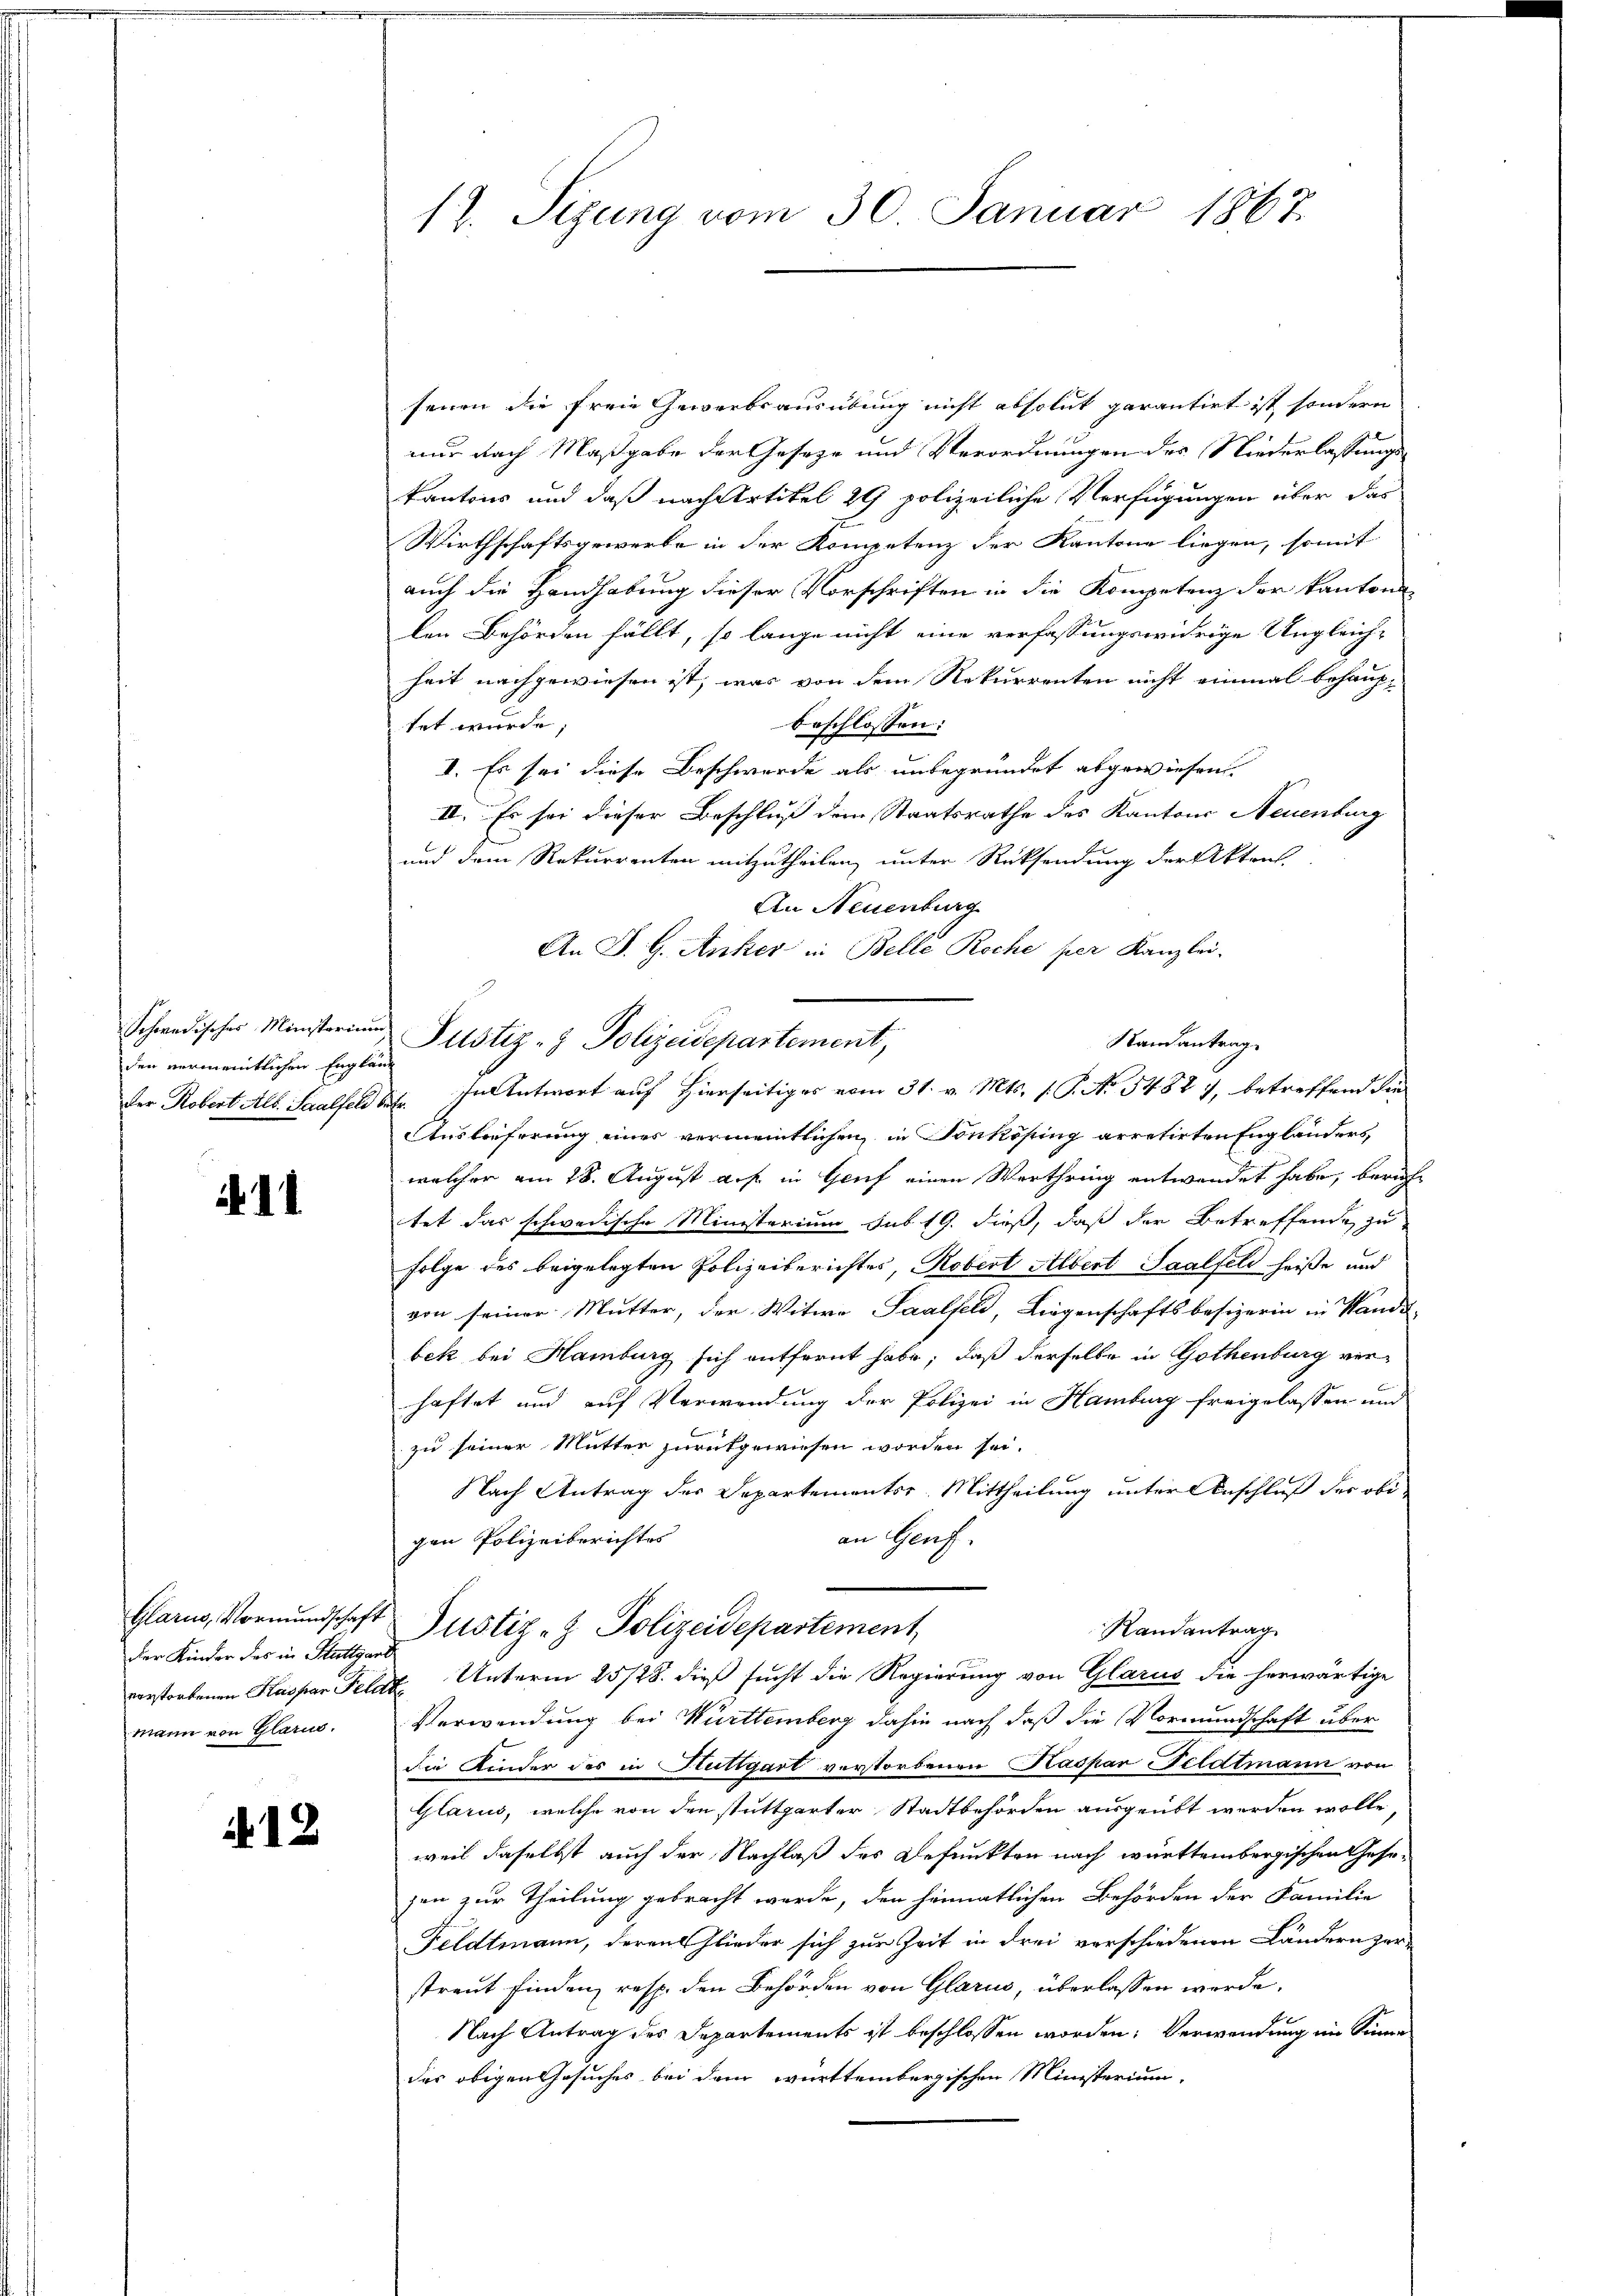
den vermeintlichen Engleich

. 11

der Kinder des in Stuttgart
mann von Glarus.

12

12. Sizung vom 30. Januar 1867.

fenen die freie Gewerbsausübung nicht absolut garantirt ist sondern
nur nach Maßgabe der Geseze und Verordnungen des Niederlassungskantons und daß nach Artikel 29 polizeiliche Verfügungen über das
Wirthschaftsgewerbe in der Kompetenz der Kantone liegen, somit
auch die Handhabung dieser Vorschriften in die Kompetenz der kantons
len Behörden fällt, so lange nicht eine verfassungswidrige Ungleich-
heit nachgewiesen ist, was von dem Rekurrenten nicht einmal behaup-
beschlossen:
tet wurde,
I. Es sei diese Beschwerde als unbegründet abgewiesen |
II. Es sei dieser Beschluß dem Staatsrathe des Kantons Neuenburg
und dem Rekurrenten mitzutheilen, unter Rücksendung der Aktens,
An Neuenburg
An J. G. Anker in Belle Roche per Kanzlei.
Auslieferung eines vermeintlichen in Tonkösing arretirten Engländers
welcher am 18. August a. p. in Genf einen Werthring entwendet habe, beruhe
tet das schwedische Ministerium sub 19. dieß, daß der Betreffende zu
Folge des beigelegten Polizeiberichtes, Robert Albert Saalfeld heiße und
von seiner Mutter, der Witwe Saalfeld, Liegenschaftsbesizerin in Handes-
bek bei Hamburg sich entfernt habe; daß derselbe in Gothenburg verhaftet und auf Verwendung der Polizei in Hamburg freigelassen und
zu seiner Mutter zurückgewiesen worden sei.
Nach Antrag des Departementss. Mittheilung unter Anschluß des obian Genf.
gen Polizeiberichtes
Glarus, Vormundschaft Justiz- & Polizeidepartement,
Randantrag
verstorbenen Kaspar Feldt Unterm 25/28. dieß sucht die Regierung von Glarus die herwärtige
Verwendung bei Württemberg dahin nach daß die Vormundschaft über
die Kinder des in Stuttgart verstorbenen Kaspar Feldtmann von
Glarus, welche von den stuttgarter Stadtbehörden ausgeübt werden wolle
weil daselbst auch der Nachlaß des Befunkten nach württembergischen Gesezen zur Theilung gebracht werde, den heimatlichen Behörden der Familie
Feldtmann, deren Glieder sich zur Zeit in drei verschiedenen Ländern zur
streut finden, resp. den Behörden von Glarus, überlassen werde.
e
Nach Antrag des Departements ist beschlossen worden: Verwendung im Sinne
des obigen Gesuches bei dem württembergischen Ministerium,

Schwedischer Minister Justiz- & Polizeidepartement,

Randantrag
Der Robert Alb. Saalfeld der Antwort auf Hierseitiges vom 31. v. Mts. (: P. No 54887, betreffend die